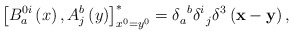
\begin{align*}\left[ B_{a}^{0i}\left( x\right) ,A_{j}^{b}\left( y\right) \right]_{x^{0}=y^{0}}^{*}=\delta _{a}^{\;\;b}\delta _{\;\;j}^{i}\delta ^{3}\left( {\bf x}-{\bf y}\right) , \end{align*}